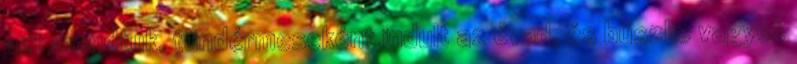
azt mondtuk, tündérmeseként indult az évad, és büszke vagyok